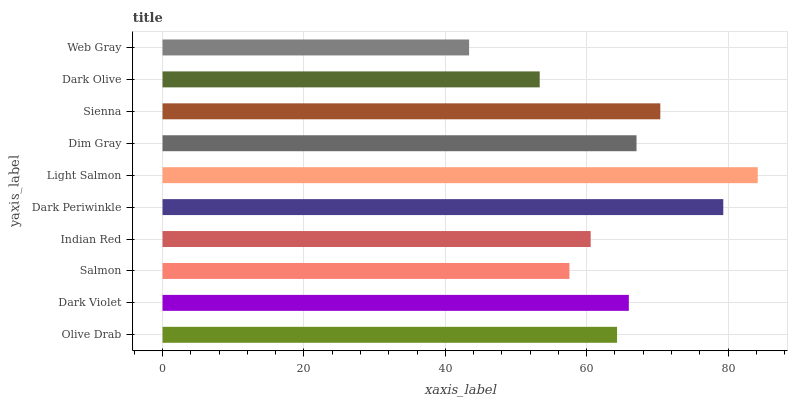
| yaxis_label | bars |
 | --- | --- |
 | Olive Drab | 64.3 |
 | Dark Violet | 66 |
 | Salmon | 57.6 |
 | Indian Red | 60.6 |
 | Dark Periwinkle | 79.3 |
 | Light Salmon | 84.2 |
 | Dim Gray | 67.1 |
 | Sienna | 70.4 |
 | Dark Olive | 53.4 |
 | Web Gray | 43.4 |